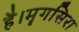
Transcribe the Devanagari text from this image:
है।मॄगसिरा